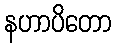
နဟာပိတော